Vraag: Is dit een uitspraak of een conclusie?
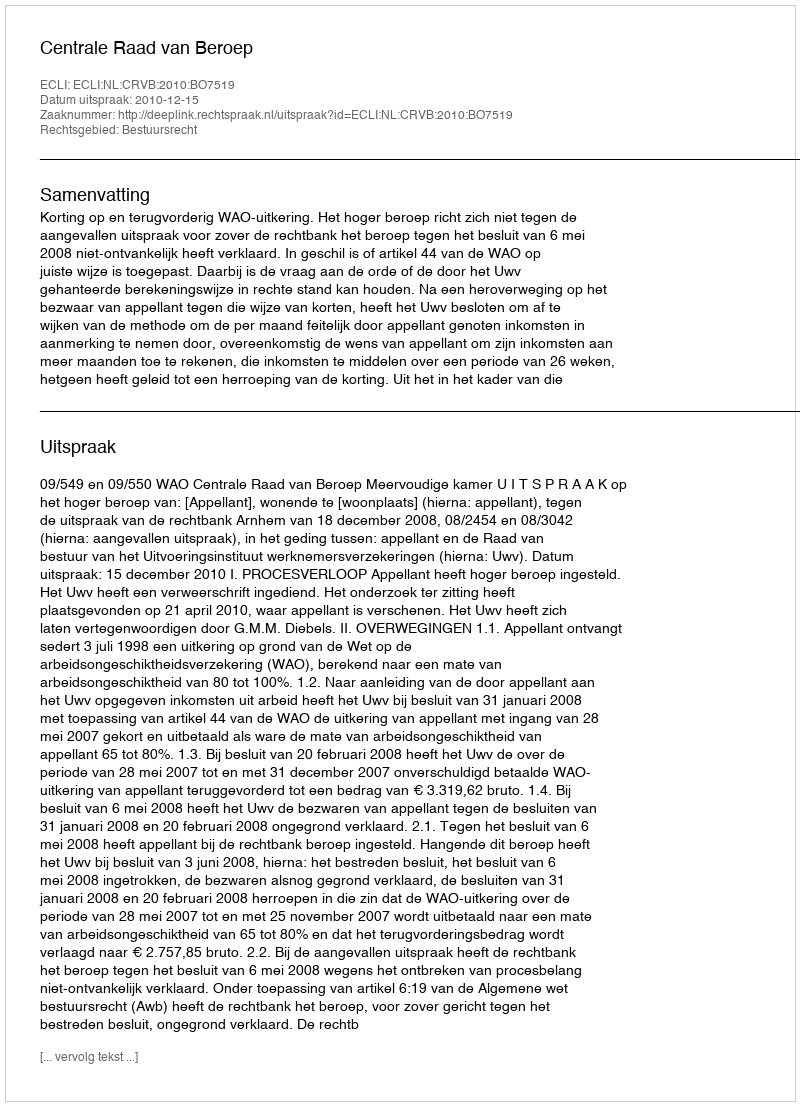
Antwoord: Uitspraak